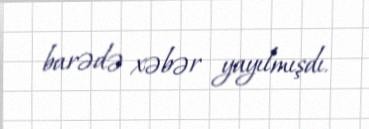
barədə xəbər yayılmışdı.